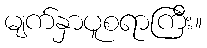
မျက်နှာပူစရာကြီး။